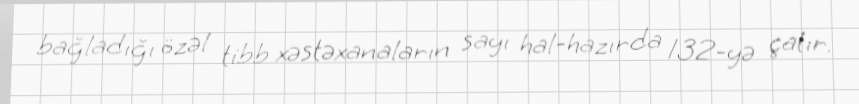
bağladığı özəl tibb xəstəxanaların sayı hal-hazırda 132-yə çatır.